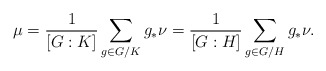
\begin{align*} \mu = \frac{1}{\left[G:K\right]} \sum_{g\in G/K} g_* \nu = \frac{1}{\left[G:H\right]} \sum_{g\in G/H} g_* \nu.\end{align*}